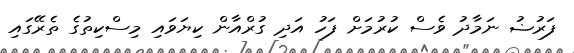
ފަރުޟު ނަމާދު ވެސް ކުރުމަށް ފަހު އަދި ގުރްއާން ކިޔަވައި މިސްކިތުގެ ތެރޭގައި